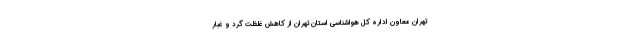
تهران معاون اداره کل هواشناسی استان تهران از کاهش غلظت گرد و غبار